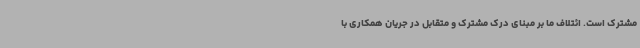
مشترک است. ائتلاف ما بر مبنای درک مشترک و متقابل در جریان همکاری با